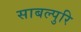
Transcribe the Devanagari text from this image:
साबल्पुरि